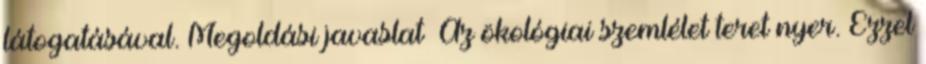
látogatásával. Megoldási javaslat ▪Az ökológiai szemlélet teret nyer. Ezzel